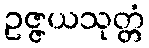
ဥဇ္ဇယသုတ္တံ